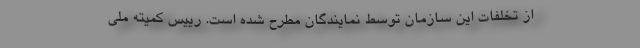
از تخلفات این سازمان توسط نمایندگان مطرح شده است. رییس کمیته ملی